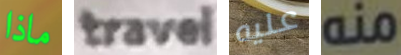
ماذا travel عليه منه